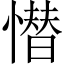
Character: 𢡚